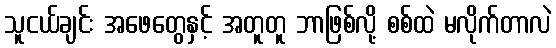
သူငယ်ချင်း အဖေတွေနှင့် အတူတူ ဘာဖြစ်လို့ စစ်ထဲ မလိုက်တာလဲ